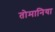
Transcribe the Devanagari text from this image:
तोमानिया